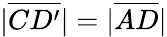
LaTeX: |{\overline{{CD^{\prime}}}}|=|{\overline{{AD}}}|